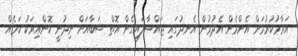
އަރާމުކުރުމަށް އެންމެން އެދުމުން އެނދުގައި ޖައްސާލައިގެން އޮތް ޝަބާއަށް ނިދުނީ ކޮންއިރަކު ކަމެއް